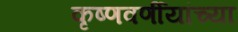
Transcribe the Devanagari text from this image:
कृष्णवर्णीयांच्या